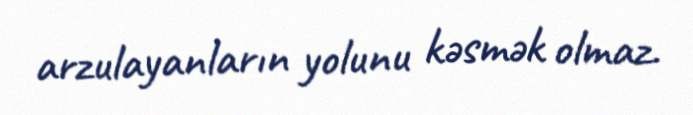
arzulayanların yolunu kəsmək olmaz.